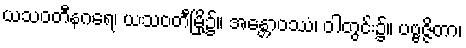
ယသဝတီနဂရေ၊ ယသဝတီမြို့၌။ အန္တောဝဿံ၊ ဝါတွင်း၌။ ပဗ္ဗဇ္ဇိတာ၊